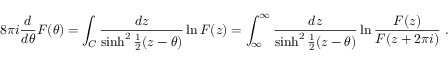
8 \pi i \frac { d } { d \theta } F ( \theta ) = \int _ { C } \frac { d z } { \sinh ^ { 2 } { \frac { 1 } { 2 } ( z - \theta ) } } \ln F ( z ) = \int _ { \infty } ^ { \infty } \frac { d z } { \sinh ^ { 2 } { \frac { 1 } { 2 } ( z - \theta ) } } \ln { \frac { F ( z ) } { F ( z + 2 \pi i ) } } \ .